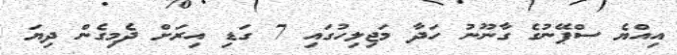
އިއްޔެ ސްޕޭނުގެ ގާނޫނު ހަދާ މަޖިލިހުގައި 7 ގަޑި އިރަށް ދެމިގެން ދިޔަ